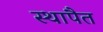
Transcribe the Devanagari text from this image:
स्थापैत